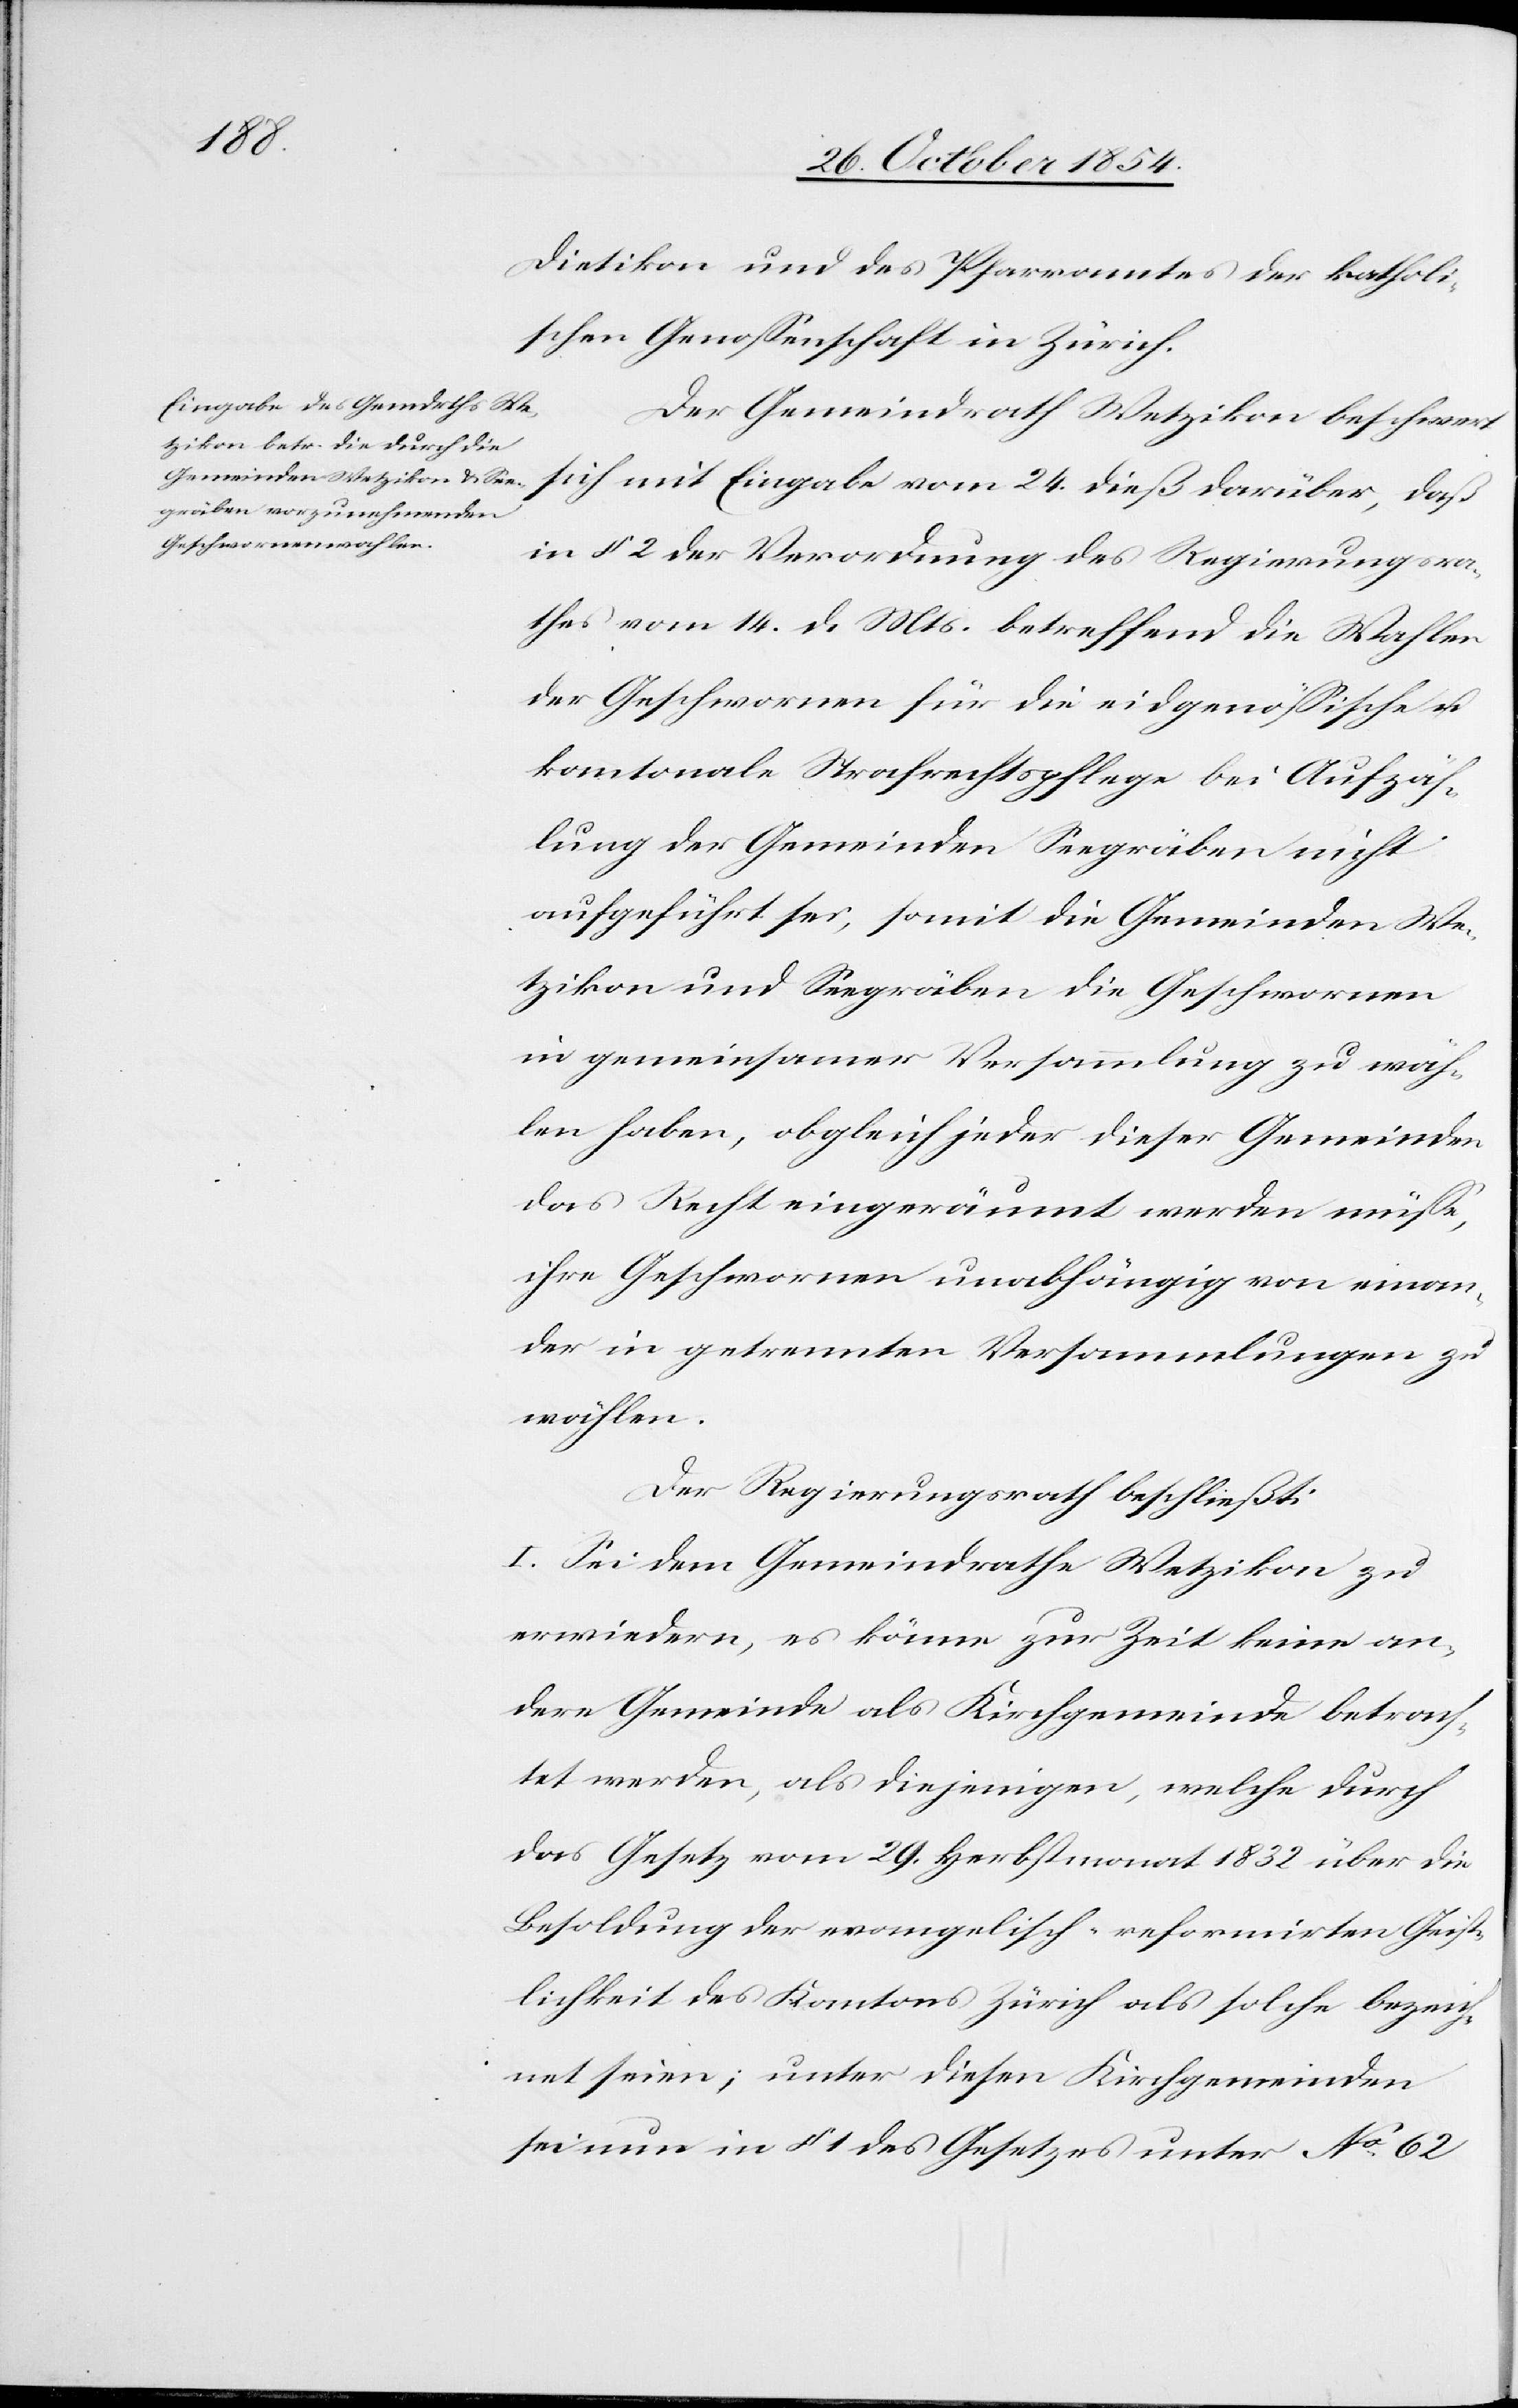
Dietikon und des Pfarramtes der katholi¬
schen Genoßenschaft in Zürich.
Der Gemeindrath Wetzikon beschwert
sich mit Eingabe vom 24. dieß darüber, daß
in § 2 der Verordnung des Regierungsra¬
thes vom 14. d. Mts. betreffend die Wahlen
der Geschwornen für die eidgenößische u.
kantonale Strafrechtspflege bei Aufzäh¬
lung der Gemeinden Seegräben nicht
aufgeführt sei, somit die Gemeinden We¬
tzikon und Seegräben die Geschwornen
in gemeinsamer Versammlung zu wäh¬
len haben, obgleich jeder dieser Gemeinden
das Recht eingeräumt werden müße,
ihre Geschwornen unabhängig von einan¬
der in getrennten Versammlungen zu
wählen.
Der Regierungsrath beschließt:
I. Sei dem Gemeindrathe Wetzikon zu
erwiedern, es könne zur Zeit keine an¬
dere Gemeinde als Kirchgemeinde betrach¬
tet werden, als diejenigen, welche durch
das Gesetz vom 29. Herbstmonat 1832 über die
Besoldung der evangelisch-reformirten Geist¬
lichkeit des Kantons Zürich als solche bezeich¬
net seien; unter diesen Kirchgemeinden
sei nun in § 1 des Gesetzes unter No 62